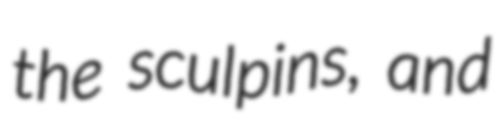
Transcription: the sculpins, and